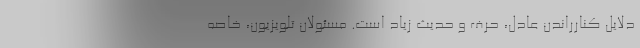
دلایل کنارراندن عادل، حرف و حدیث زیاد است. مسئولان تلویزیون، خاصه